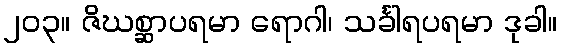
၂၀၃။ ဇိဃစ္ဆာပရမာ ရောဂါ၊ သင်္ခါရပရမာ ဒုခါ။